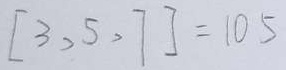
[ 3 , 5 , 7 ] = 1 0 5